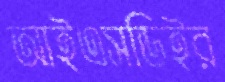
আইএসডিইর